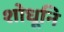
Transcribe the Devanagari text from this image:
शोधूनि